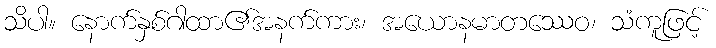
သိပါ။ နောက်နှစ်ဂါထာ၏အနက်ကား၊ အယောနမာတဿေဝ၊ သံကူဖြင့်